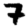
Digit: 7